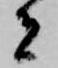
者